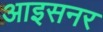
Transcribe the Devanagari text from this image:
आइसनर